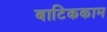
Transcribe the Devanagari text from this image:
बाटिककाम